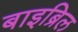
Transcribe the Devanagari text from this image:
बाइब्रिल